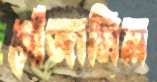
গোঁজামিল